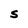
Character: S